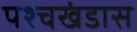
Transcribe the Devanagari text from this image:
पश्चखंडास